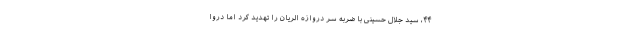
۴۴، سید جلال حسینی با ضربه سر دروازه الریان را تهدید کرد اما دروا